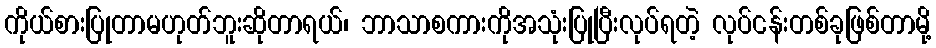
ကိုယ်စားပြုတာမဟုတ်ဘူးဆိုတာရယ်၊ ဘာသာစကားကိုအသုံးပြုပြီးလုပ်ရတဲ့ လုပ်ငန်းတစ်ခုဖြစ်တာမို့